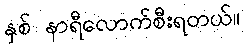
နှစ် နာရီလောက်စီးရတယ်။